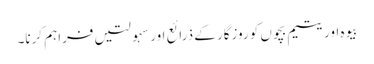
بیوہ اور یتیم بچوں کو روزگار کے ذرائع اور سہولتیں فراہم کرنا۔